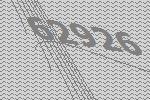
62926